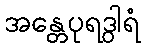
အန္တေပုရဒွါရံ